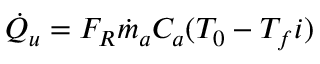
\begin{array} { r } { { \dot { Q } } _ { u } = F _ { R } \dot { m } _ { a } C _ { a } ( T _ { 0 } - T _ { f } i ) } \end{array}